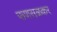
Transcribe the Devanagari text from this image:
फणसळकर